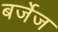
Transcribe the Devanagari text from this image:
बर्जेज